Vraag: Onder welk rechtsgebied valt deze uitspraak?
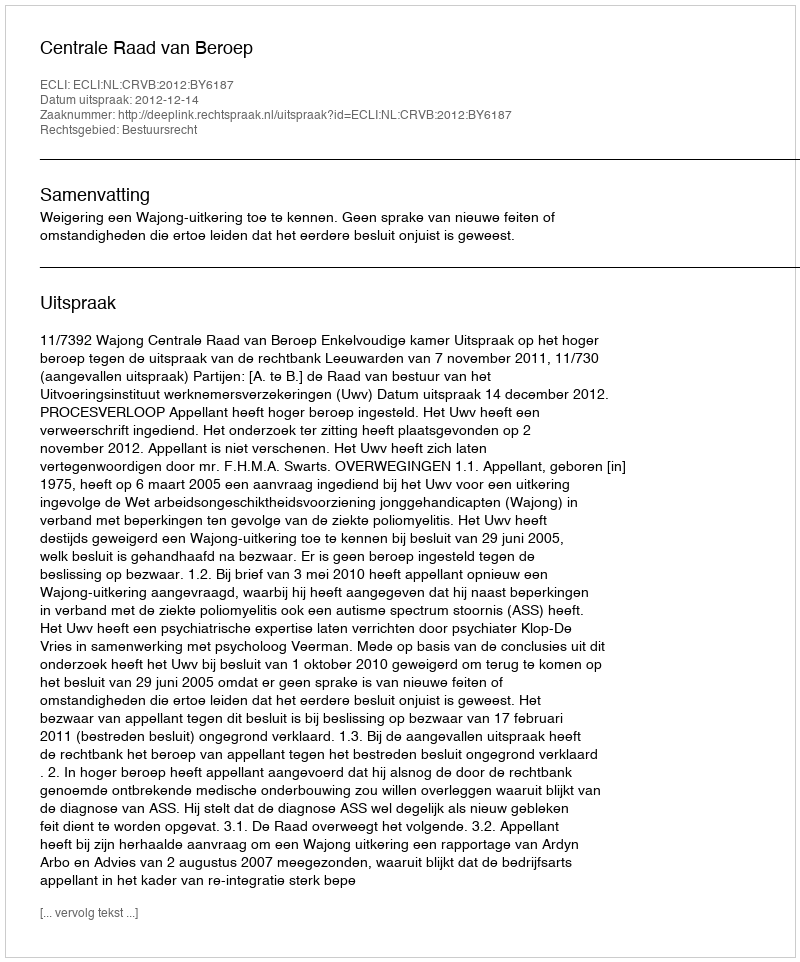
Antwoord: Bestuursrecht